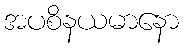
အပစိနယမာနော